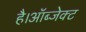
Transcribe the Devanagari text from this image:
है।ऑब्जेक्ट